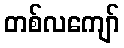
တစ်လကျော်